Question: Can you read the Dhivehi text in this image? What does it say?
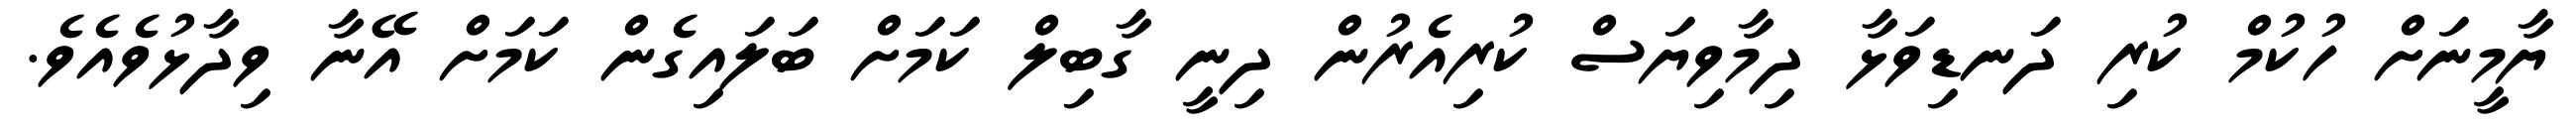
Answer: ޔާމީނަށް ހުކުމް ކުރި ދަނޑިވަޅާ ދިމާވިޔަސް ކުރިއެރުން ދިނީ ގާބިލް ކަމަށް ބަލައިގެން ކަމަށް އޭނާ ވިދާޅުވެއެވެ.